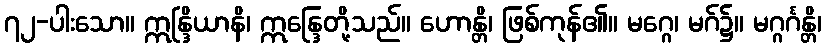
၇၂-ပါးသော။ ဣန္ဒြိယာနိ၊ ဣန္ဒြေတို့သည်။ ဟောန္တိ၊ ဖြစ်ကုန်၏။ မဂ္ဂေ၊ မဂ်၌။ မဂ္ဂင်္ဂန္တိ၊